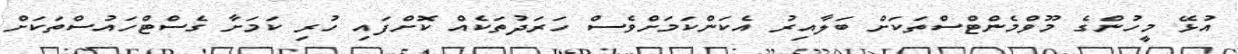
އުޅޭ މީހުންގެ މޫވްމެންޓްސްތަކަށް ބަލާއިރު އެކަންކަމަށްވެސް ހަރަދުތަކެއް ކޮށްފައި ހުރި ކަމަށާ ގެސްޓްހައުސްތަކަށް